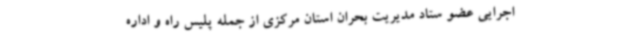
اجرایی عضو ستاد مدیریت بحران استان مرکزی از جمله پلیس راه و اداره